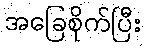
အခြေစိုက်ပြီး